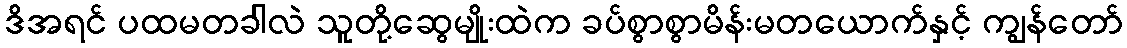
ဒိအရင် ပထမတခါလဲ သူတို့ဆွေမျိုးထဲက ခပ်စွာစွာမိန်းမတယောက်နှင့် ကျွန်တော်